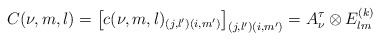
\begin{align*}C(\nu ,m,l)=\big[ c(\nu ,m,l)_{(j,l')(i,m')}\big]_{(j,l')(i,m')}=A_{\nu}^{\tau}\otimes E^{(k)}_{lm}\end{align*}